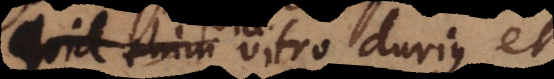
causa quid vitro durius et